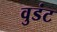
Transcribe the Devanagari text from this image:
वुडंट